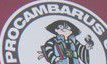
PROCAMBARUS